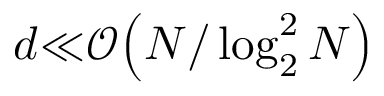
d { \ll } { \mathcal { O } } { \left( N / \log _ { 2 } ^ { 2 } N \right) }